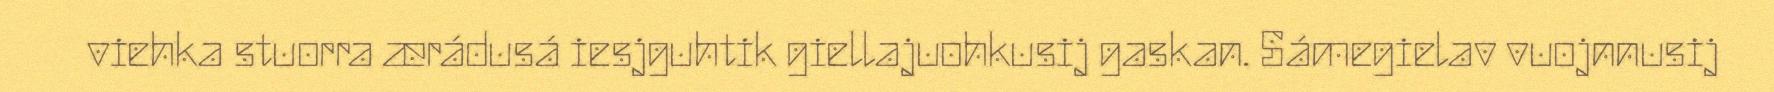
viehka stuorra ærádusá iesjguhtik giellajuohkusij gaskan. Sámegielav vuojnnusij